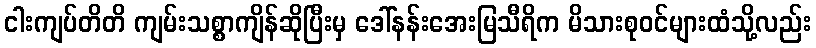
ငါးကျပ်တိတိ ကျမ်းသစ္စာကျိန်ဆိုပြီးမှ ဒေါ်နန်းအေးမြသီရိက မိသားစုဝင်များထံသို့လည်း